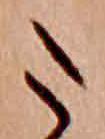
た